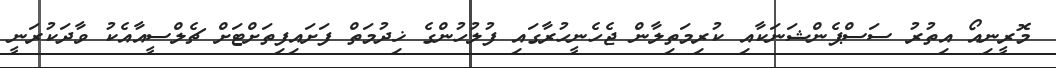
މޮރީނިއޯ އިތުރު ސަސްޕެންޝަނަކާއި ކުރިމަތިލާން ޖެހެނީހުރާގައި ފުލުހުންގެ ޚިދުމަތް ފަށައިފިތަށްޓަށް ޗެލްސީއާއެކު ވާދަކުރަނީ